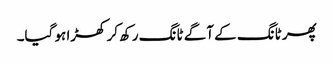
پھر ٹانگ کے آگے ٹانگ رکھ کر کھڑا ہو گیا۔